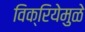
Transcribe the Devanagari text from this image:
विक्रियेमुळे